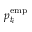
p _ { t _ { i } } ^ { \mathrm { e m p } }